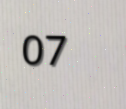
07